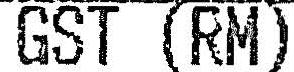
GST (RM)